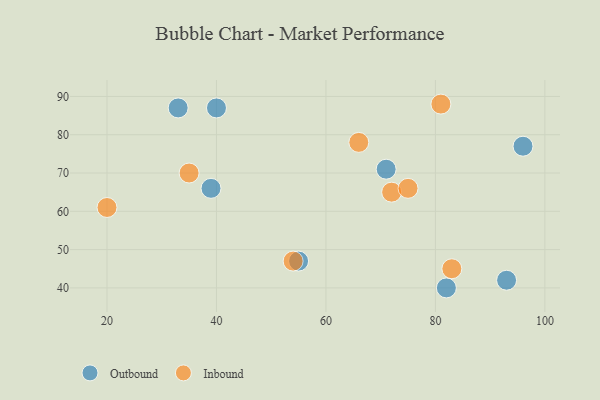
{"axis": {"x": "GDP", "y": "Life Expectancy"}, "legend": ["Inbound", "Outbound"], "data": [{"x": "39", "y": 66, "type": "Outbound"}, {"x": "71", "y": 71, "type": "Outbound"}, {"x": "93", "y": 42, "type": "Outbound"}, {"x": "40", "y": 87, "type": "Outbound"}, {"x": "33", "y": 87, "type": "Outbound"}, {"x": "96", "y": 77, "type": "Outbound"}, {"x": "55", "y": 47, "type": "Outbound"}, {"x": "82", "y": 40, "type": "Outbound"}, {"x": "35", "y": 70, "type": "Inbound"}, {"x": "81", "y": 88, "type": "Inbound"}, {"x": "72", "y": 65, "type": "Inbound"}, {"x": "66", "y": 78, "type": "Inbound"}, {"x": "20", "y": 61, "type": "Inbound"}, {"x": "75", "y": 66, "type": "Inbound"}, {"x": "54", "y": 47, "type": "Inbound"}, {"x": "83", "y": 45, "type": "Inbound"}]}